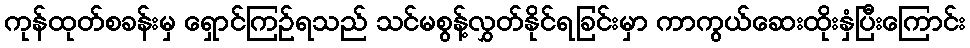
ကုန်ထုတ်စခန်းမှ ရှောင်ကြဉ်ရသည် သင်မစွန့်လွှတ်နိုင်ရခြင်းမှာ ကာကွယ်ဆေးထိုးနှံပြီးကြောင်း